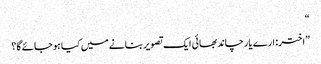
“
”اختر: ارے یار چاند بھائی ایک تصویر بنانے میں کیا ہوجائے گا؟